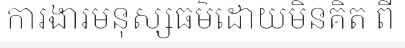
ការងារមនុស្សធម៌ដោយមិនគិត ពី